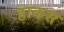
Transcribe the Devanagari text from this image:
हाकस